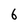
Character: 6